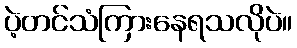
ပဲ့တင်သံကြားနေရသလိုပဲ။